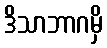
ဒိသာဘာဂမှိ